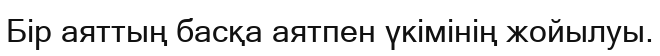
Бір аяттың басқа аятпен үкімінің жойылуы.